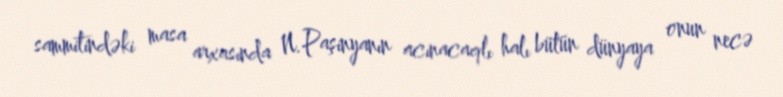
sammitindəki masa arxasında N.Paşinyanın acınacaqlı halı bütün dünyaya onun necə